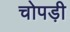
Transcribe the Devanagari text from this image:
चोपड़ी